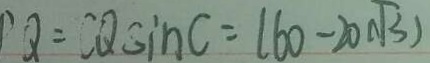
P Q = C Q \sin C = ( 6 0 - 2 0 \sqrt { 3 } )